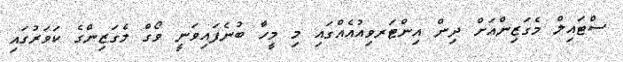
ސްޓައިލް މެގަޒިންއަށް ދިން އިންޓަރވިއުއެއްގައި މި މީހާ ބުނެފައިވަނީ ވޯގް މެގަޒިންގެ ކަވަރުގައި